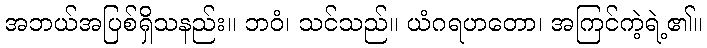
အဘယ်အပြစ်ရှိသနည်း။ ဘဝံ၊ သင်သည်။ ယံဂရဟတော၊ အကြင်ကဲ့ရဲ့၏။